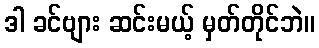
ဒါ ခင်ဗျား ဆင်းမယ့် မှတ်တိုင်ဘဲ။